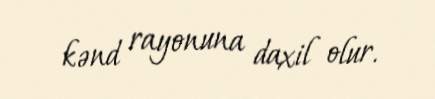
kənd rayonuna daxil olur.